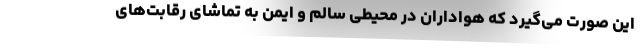
این صورت می‌گیرد که هواداران در محیطی سالم و ایمن به تماشای رقابت‌های